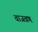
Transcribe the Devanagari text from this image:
वाजवणं